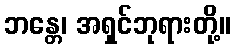
ဘန္တေ၊ အရှင်ဘုရားတို့။